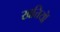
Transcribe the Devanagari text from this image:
खत्तियॉं